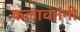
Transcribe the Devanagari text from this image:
कलावंतंनी